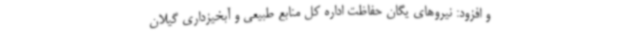
و افزود: نیروهای یگان حفاظت اداره کل منابع طبیعی و آبخیزداری گیلان